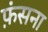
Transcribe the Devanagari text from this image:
फ़ंसना